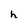
Character: h